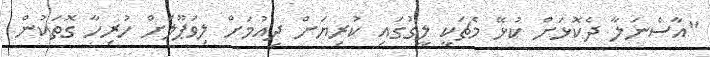
"އާސެނަލާ ދެކޮޅަށް ކުޅޭ މެޗަކީ ލީގުގައި ކުރިޔަށް ދިއުމަށް ލިވަޕޫލަށް ހުރިހާ ގޮތަކުން